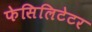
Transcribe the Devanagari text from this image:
फेसिलिटेटर